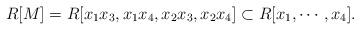
LaTeX: \begin{align*}R[M] = R[x_1x_3, x_1x_4, x_2x_3, x_2x_4] \subset R[x_1, \cdots , x_4].\end{align*}